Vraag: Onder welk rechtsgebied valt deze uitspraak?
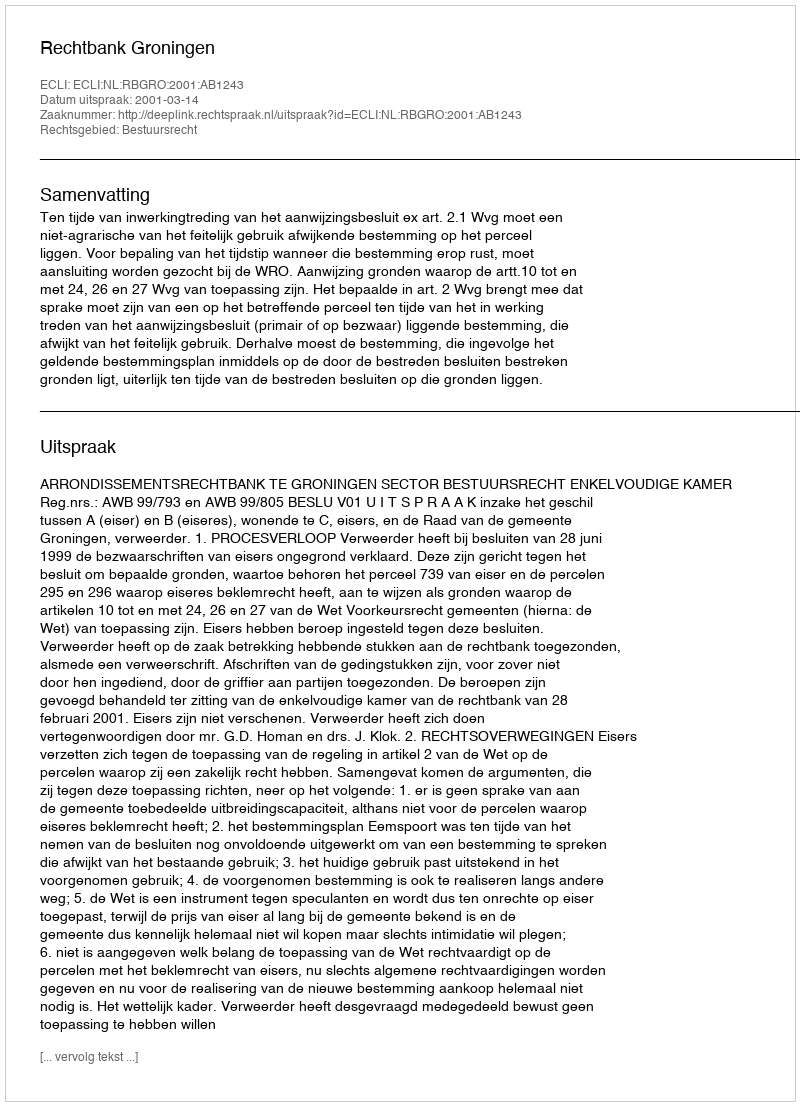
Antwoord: Bestuursrecht